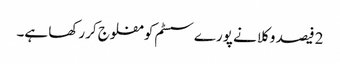
2 فیصد وکلا نے پورےسسٹم کو مفلوج کررکھا ہے۔